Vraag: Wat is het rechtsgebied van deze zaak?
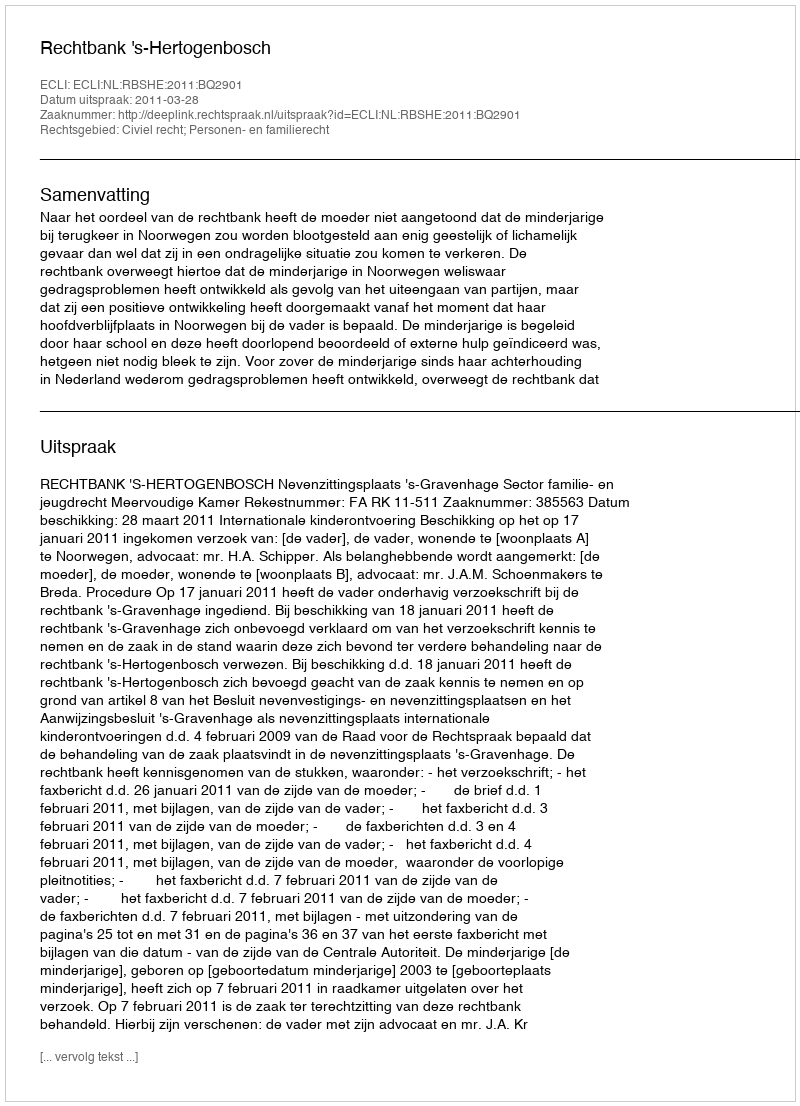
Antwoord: Civiel recht; Personen- en familierecht